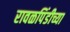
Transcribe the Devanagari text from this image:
रावळपिंडीच्या